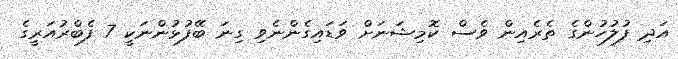
އަދި ފުލުހުންގެ ތެރެއިން ވެސް ކޮމިޝަނަށް ވަޑައިގެންނެވި ގިނަ ބޭފުޅުންނަކީ 7 ފެބްރުއަރީގެ